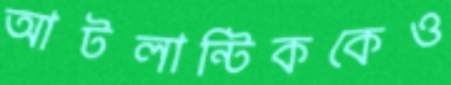
আটলান্টিককেও